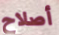
أصلاح